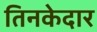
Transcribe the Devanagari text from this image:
तिनकेदार